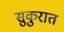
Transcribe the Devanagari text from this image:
सुकुरात